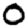
Digit: 0